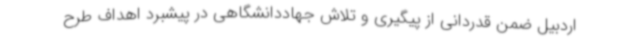
اردبیل ضمن قدردانی از پیگیری و تلاش جهاددانشگاهی در پیشبرد اهداف طرح